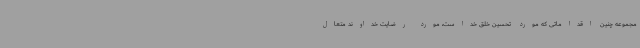
مجموعه چنین اقداماتی که مورد تحسین خلق خداست، مورد رضایت خداوند متعال